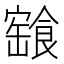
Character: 𩝓